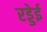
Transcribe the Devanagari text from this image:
रड्डेई